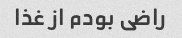
راضی بودم از غذا